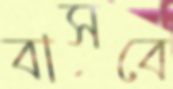
বাসবে